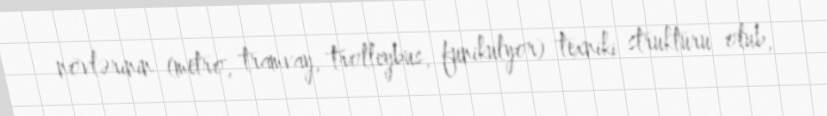
növlərinin (metro, tramvay, trolleybus, funikulyor) texniki strukturu olub,